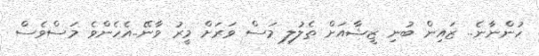
ހުންނާނެ.. ޒައިން ބުނި ޒީޝާއަށް ތެލުލި މަސް ވަރަށް މީރު ވާނޭ..އެހެންވެ މަސްވެސް